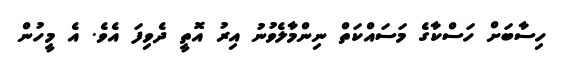
ހިސާބަށް ހަސްކާގެ މަސައްކަތް ނިންމާލެވުނު އިރު އޮތީ ދެވިފަ އެވެ. އެ މީހުން